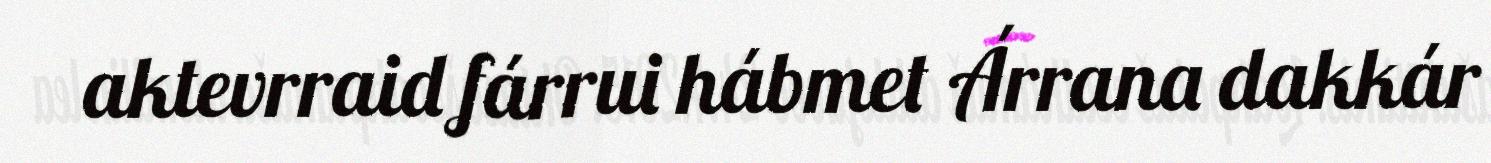
aktevrraid fárrui hábmet Árrana dakkár